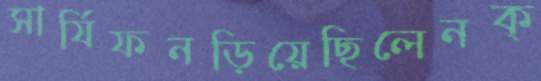
সার্যিফনড়িয়েছিলেনক্